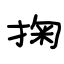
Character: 掬